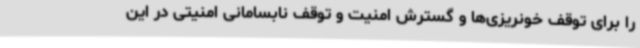
را برای توقف خونریزی‌ها و گسترش امنیت و توقف نابسامانی امنیتی در این